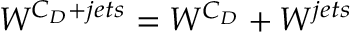
W ^ { C _ { D } + j e t s } = W ^ { C _ { D } } + W ^ { j e t s }